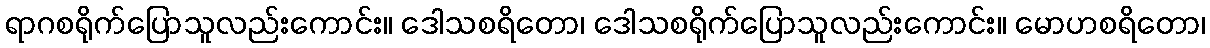
ရာဂစရိုက်ပြောသူလည်းကောင်း။ ဒေါသစရိတော၊ ဒေါသစရိုက်ပြောသူလည်းကောင်း။ မောဟစရိတော၊